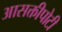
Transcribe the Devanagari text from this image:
आसक्तीपोटी